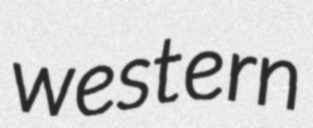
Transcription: western